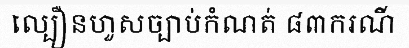
ល្បឿនហួសច្បាប់កំណត់ ៨៣ករណី